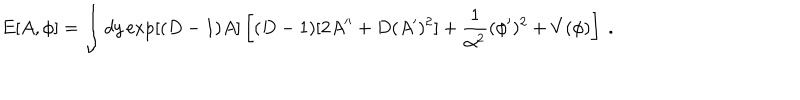
E [ A , \phi ] = \int d y \exp [ ( D - 1 ) A ] \left[ ( D - 1 ) [ 2 A ^ { \prime \prime } + D ( A ^ { \prime } ) ^ { 2 } ] + { \frac { 1 } { \alpha ^ { 2 } } } ( \phi ^ { \prime } ) ^ { 2 } + V ( \phi ) \right] ~ .